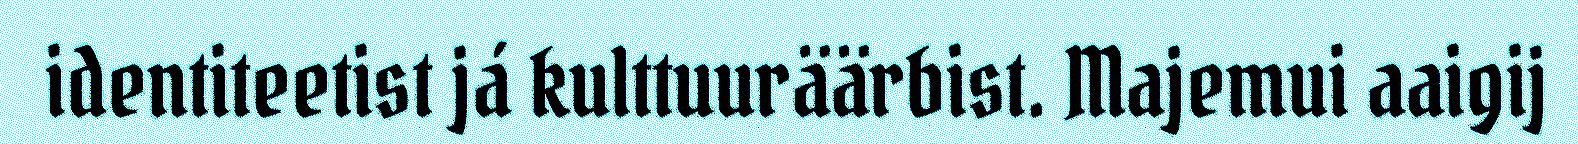
identiteetist já kulttuuräärbist. Majemui aaigij